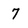
Character: 7